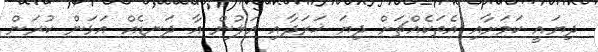
ދިޔައީ ކަމަށާއި އެތަކެއްޗަށް ދިޔަ ޚަރަދާއި އަލުން އާ ދަނޑެއް އަޅަން ކުރަން